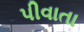
પીવાતા